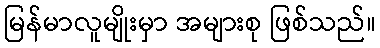
မြန်မာလူမျိုးမှာ အများစု ဖြစ်သည်။